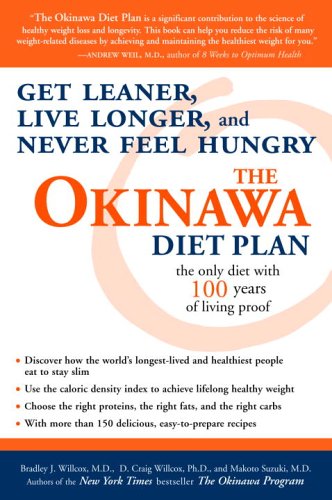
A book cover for The Okinawa Diet Plan: Get Leaner, Live Longer, and Never Feel Hungry; Bradley J. Willcox; Health, Fitness & Dieting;